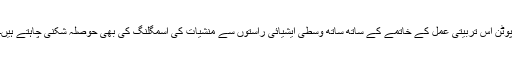
پوٹن اِس تربیتی عمل کے خاتمے کے ساتھ ساتھ وسطی ایشیائی راستوں سے منشیات کی اسمگلنگ کی بھی حوصلہ شکنی چاہتے ہیں۔